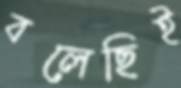
বলেছিই